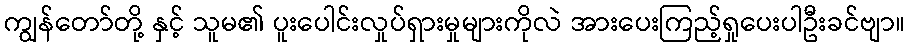
ကျွန်တော်တို့ နှင့် သူမ၏ ပူးပေါင်းလှုပ်ရှားမှုများကိုလဲ အားပေးကြည့်ရှုပေးပါဦးခင်ဗျာ။